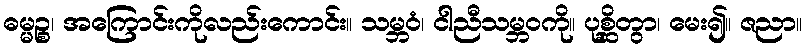
ဓမ္မဉ္စ၊ အကြောင်းကိုလည်းကောင်း။ သမ္ဘဝံ၊ ငါညီသမ္ဘဝကို။ ပုစ္ဆိတွာ၊ မေး၍။ ဇညာ။